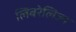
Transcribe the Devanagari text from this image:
लिबरेलिज्म